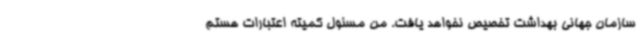
سازمان جهانی بهداشت تخصیص نخواهد یافت. من مسئول کمیته اعتبارات هستم